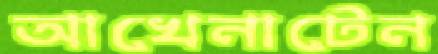
আখেনাটেন